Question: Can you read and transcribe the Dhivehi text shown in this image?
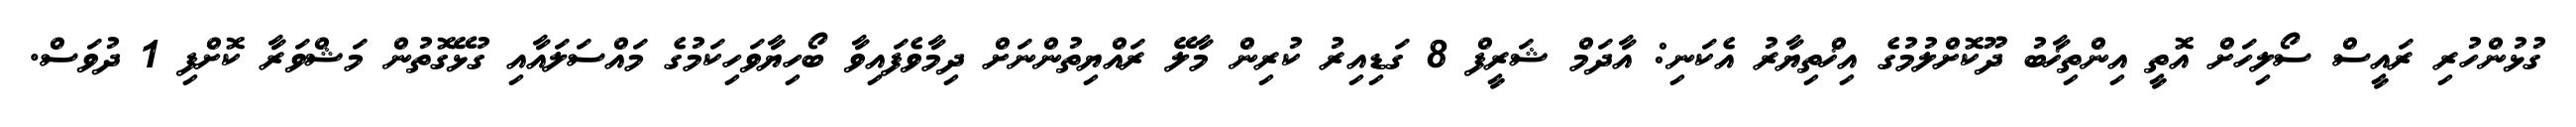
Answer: ގުޅުންހުރި ރައީސް ސޯލިހަށް އޮތީ އިންތިޚާބު ދޫކޮށްލުމުގެ އިޚްތިޔާރު އެކަނި: އާދަމް ޝަރީފް 8 ގަޑިއިރު ކުރިން މާލޭ ރައްޔިތުންނަށް ދިމާވެފައިވާ ބޯހިޔާވަހިކަމުގެ މައްސަލައާއި ގުޅޭގޮތުން މަޝްވަރާ ކޮށްފި 1 ދުވަސް.